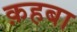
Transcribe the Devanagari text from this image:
क़हबा